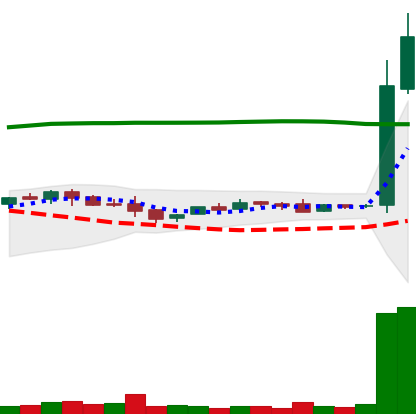
Ticker: LTC-USD
Chart end date: 2015-10-30
Forward return: 4.149%
Label: up_3_5